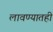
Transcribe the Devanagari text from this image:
लावण्यातही